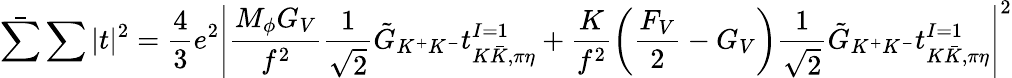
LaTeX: \bar{\sum}\sum|t|^{2}=\frac{4}{3}e^{2}\left|\frac{M_{\phi}G_{V}}{f^{2}}\frac{1}{\sqrt{2}}\tilde{G}_{K^{+}K^{-}}t_{K\bar{K},\pi\eta}^{I=1}+\frac{K}{f^{2}}\left(\frac{F_{V}}{2}-G_{V}\right)\frac{1}{\sqrt{2}}\tilde{G}_{K^{+}K^{-}}t_{K\bar{K},\pi\eta}^{I=1}\right|^{2}